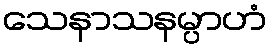
သေနာသနမ္ပာဟံ